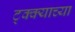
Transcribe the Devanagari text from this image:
ट्क्क्याच्या